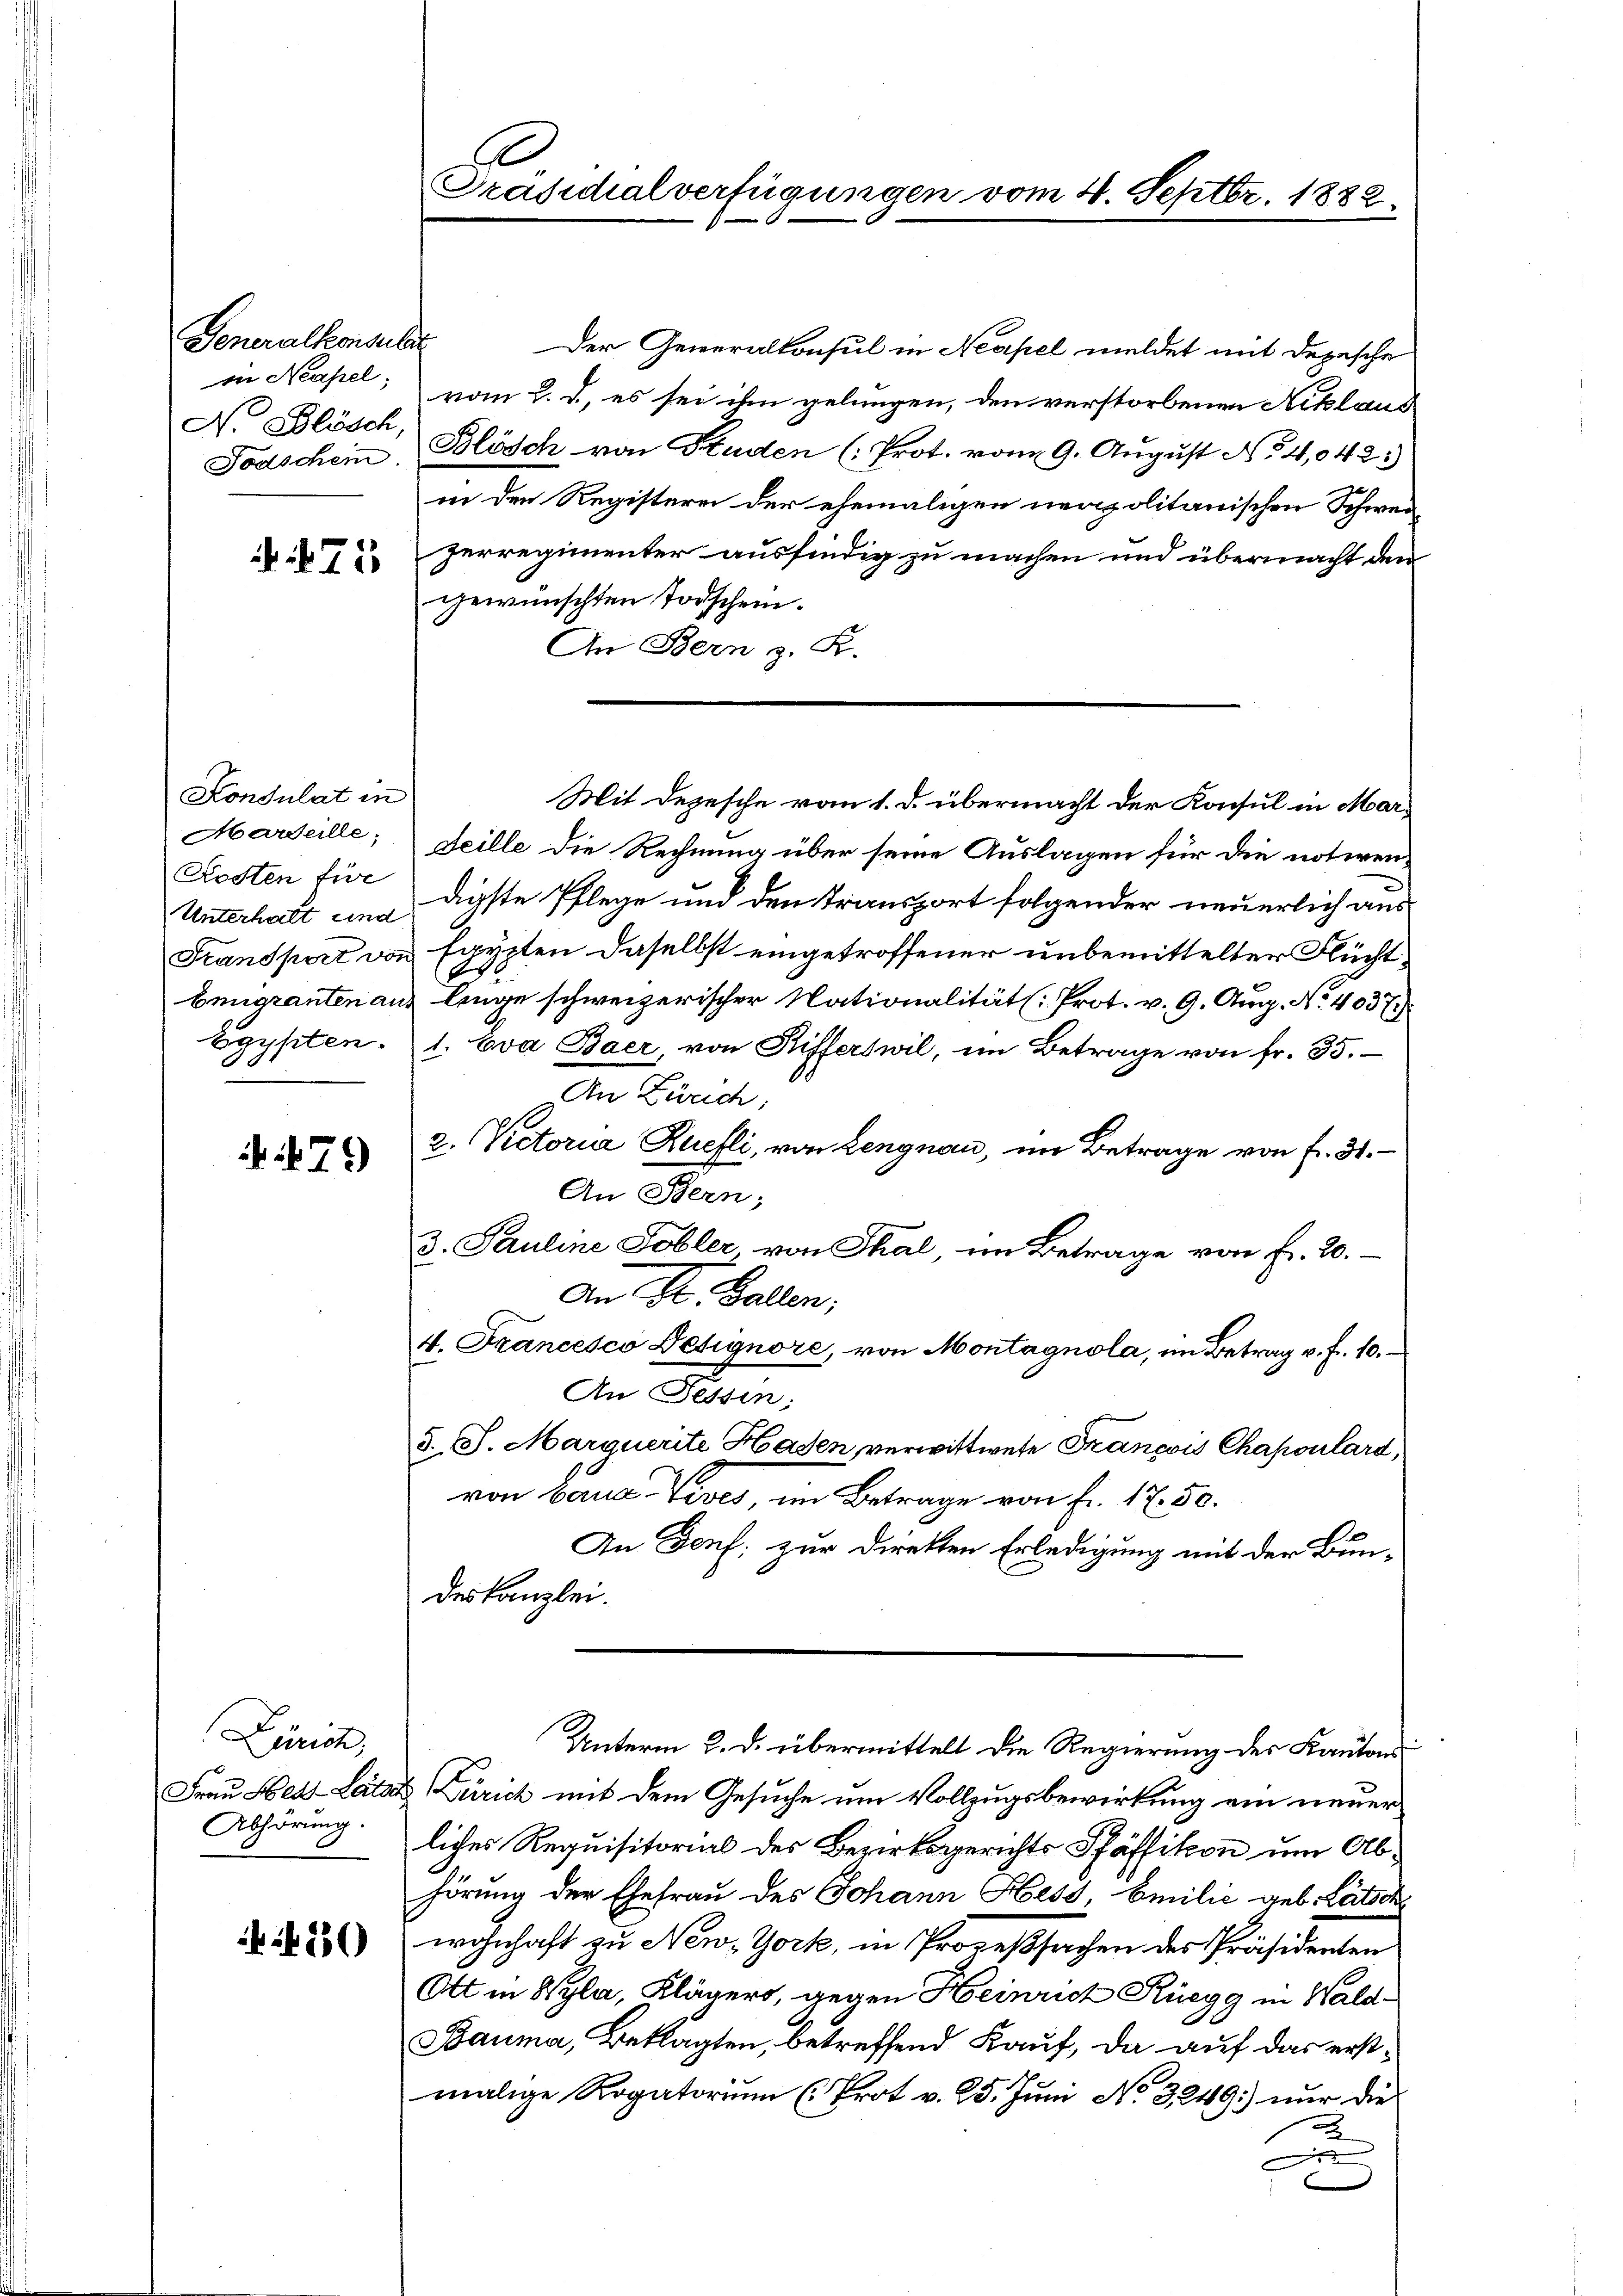
Generalkonsulat
in Neapel;
Nr Blösch,

71

Konsulat in
Kosten für

N. 79

Der Generalkonsul in Neapel meldet mit Depesche
vom 2. d. es sei ihm gelungen, den verstorbenen Niklaus
Todschein Blösch von Studen (Prot. vom 9. August No 4,042.)
in den Registerer der ehemaligen neapolitanischen Schwerperregimenter ausfindig zu machen und übermacht dem
gewünschten Todschein.
An Bern z. R.
Marseille; Leille die Rechnung über seine Auslagen für die notiren-
Unterhalt und digste Pflege und den Transport folgender neuerlich aus
Transport von Egypten daselbst eingetroffener unbemittelter Flücht¬
6
Emigranten aus linge schweizerischer Nationalität: Prot. v. 9. Aug. No. 4037.)
Egypten. 1. Eva Baer, von Rifferswil, im Betrage von fr. 35.
An Zürich;
2. Rectoria Ruefli, von Lengnau, im Betrage von fr. 31.
An Stern;
3. Pauline Tobler, von Thal, im Betrage von Fr. 20.
An St. Gallen;
4. Francesco Designore, von Montagnola, im Betrag v. Fr. 10.
An Tessin;
d., S. Marquerite Haden, verwittwete Francois Chapoulard,
von Baua Vives im Betrage von Fr. 1750.
h
An Denf; zur Direkten Erledigung mit der Bundeskanzlei.
Unterm 2. d. übermittelt die Regierung der Kantons
Frau Hel-Later Zürich mit dem Gesuche um Vollzugsbewirkung ein neuer
liches Requisitorial des Bezirksgerichts Pfäffikon um Abhörung der Ehefrau des Johann Hess, Emilić geb. Lätsch
wohnhaft zu New-York, in Prozeßsachen des Präsidenten
Ott in Wyla, Klägers, gegen Heinrich Rüegg in Wald¬
Bauma, Beklagten, betreffend Kauf, da auf das erstmalige Rogatorium (Prot v. 25. Juni No 3249) nur die
u

Zürich,
Abhörung.

A
Präsidialverfügungen vom 4. Septbr. 1882.

Mit Depesche vom 1. d. übermacht der Konsul in Mar¬